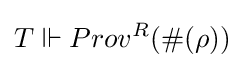
T\Vdash Prov^{R}(\#(\rho ))